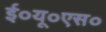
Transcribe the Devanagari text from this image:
ई०यू०एस०